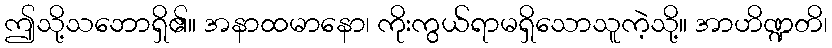
ဤသို့သဘောရှိ၏။ အနာထမာနော၊ ကိုးကွယ်ရာမရှိသောသူကဲ့သို့။ အာဟိဏ္ဍတိ၊